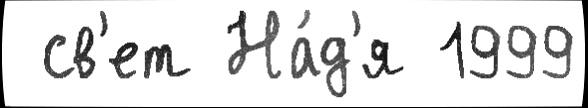
 св'ет На́д'я 1999